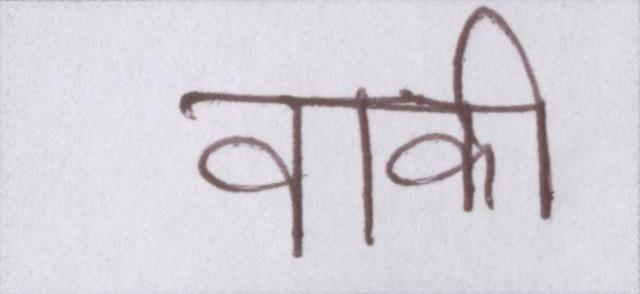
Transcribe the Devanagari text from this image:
वाकी